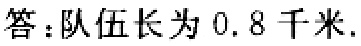
答：队伍长为 \(0.8\)千米.